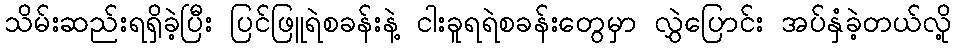
သိမ်းဆည်းရရှိခဲ့ပြီး ပြင်ဖြူရဲစခန်းနဲ့ ငါးခူရရဲစခန်းတွေမှာ လွှဲပြောင်း အပ်နှံခဲ့တယ်လို့